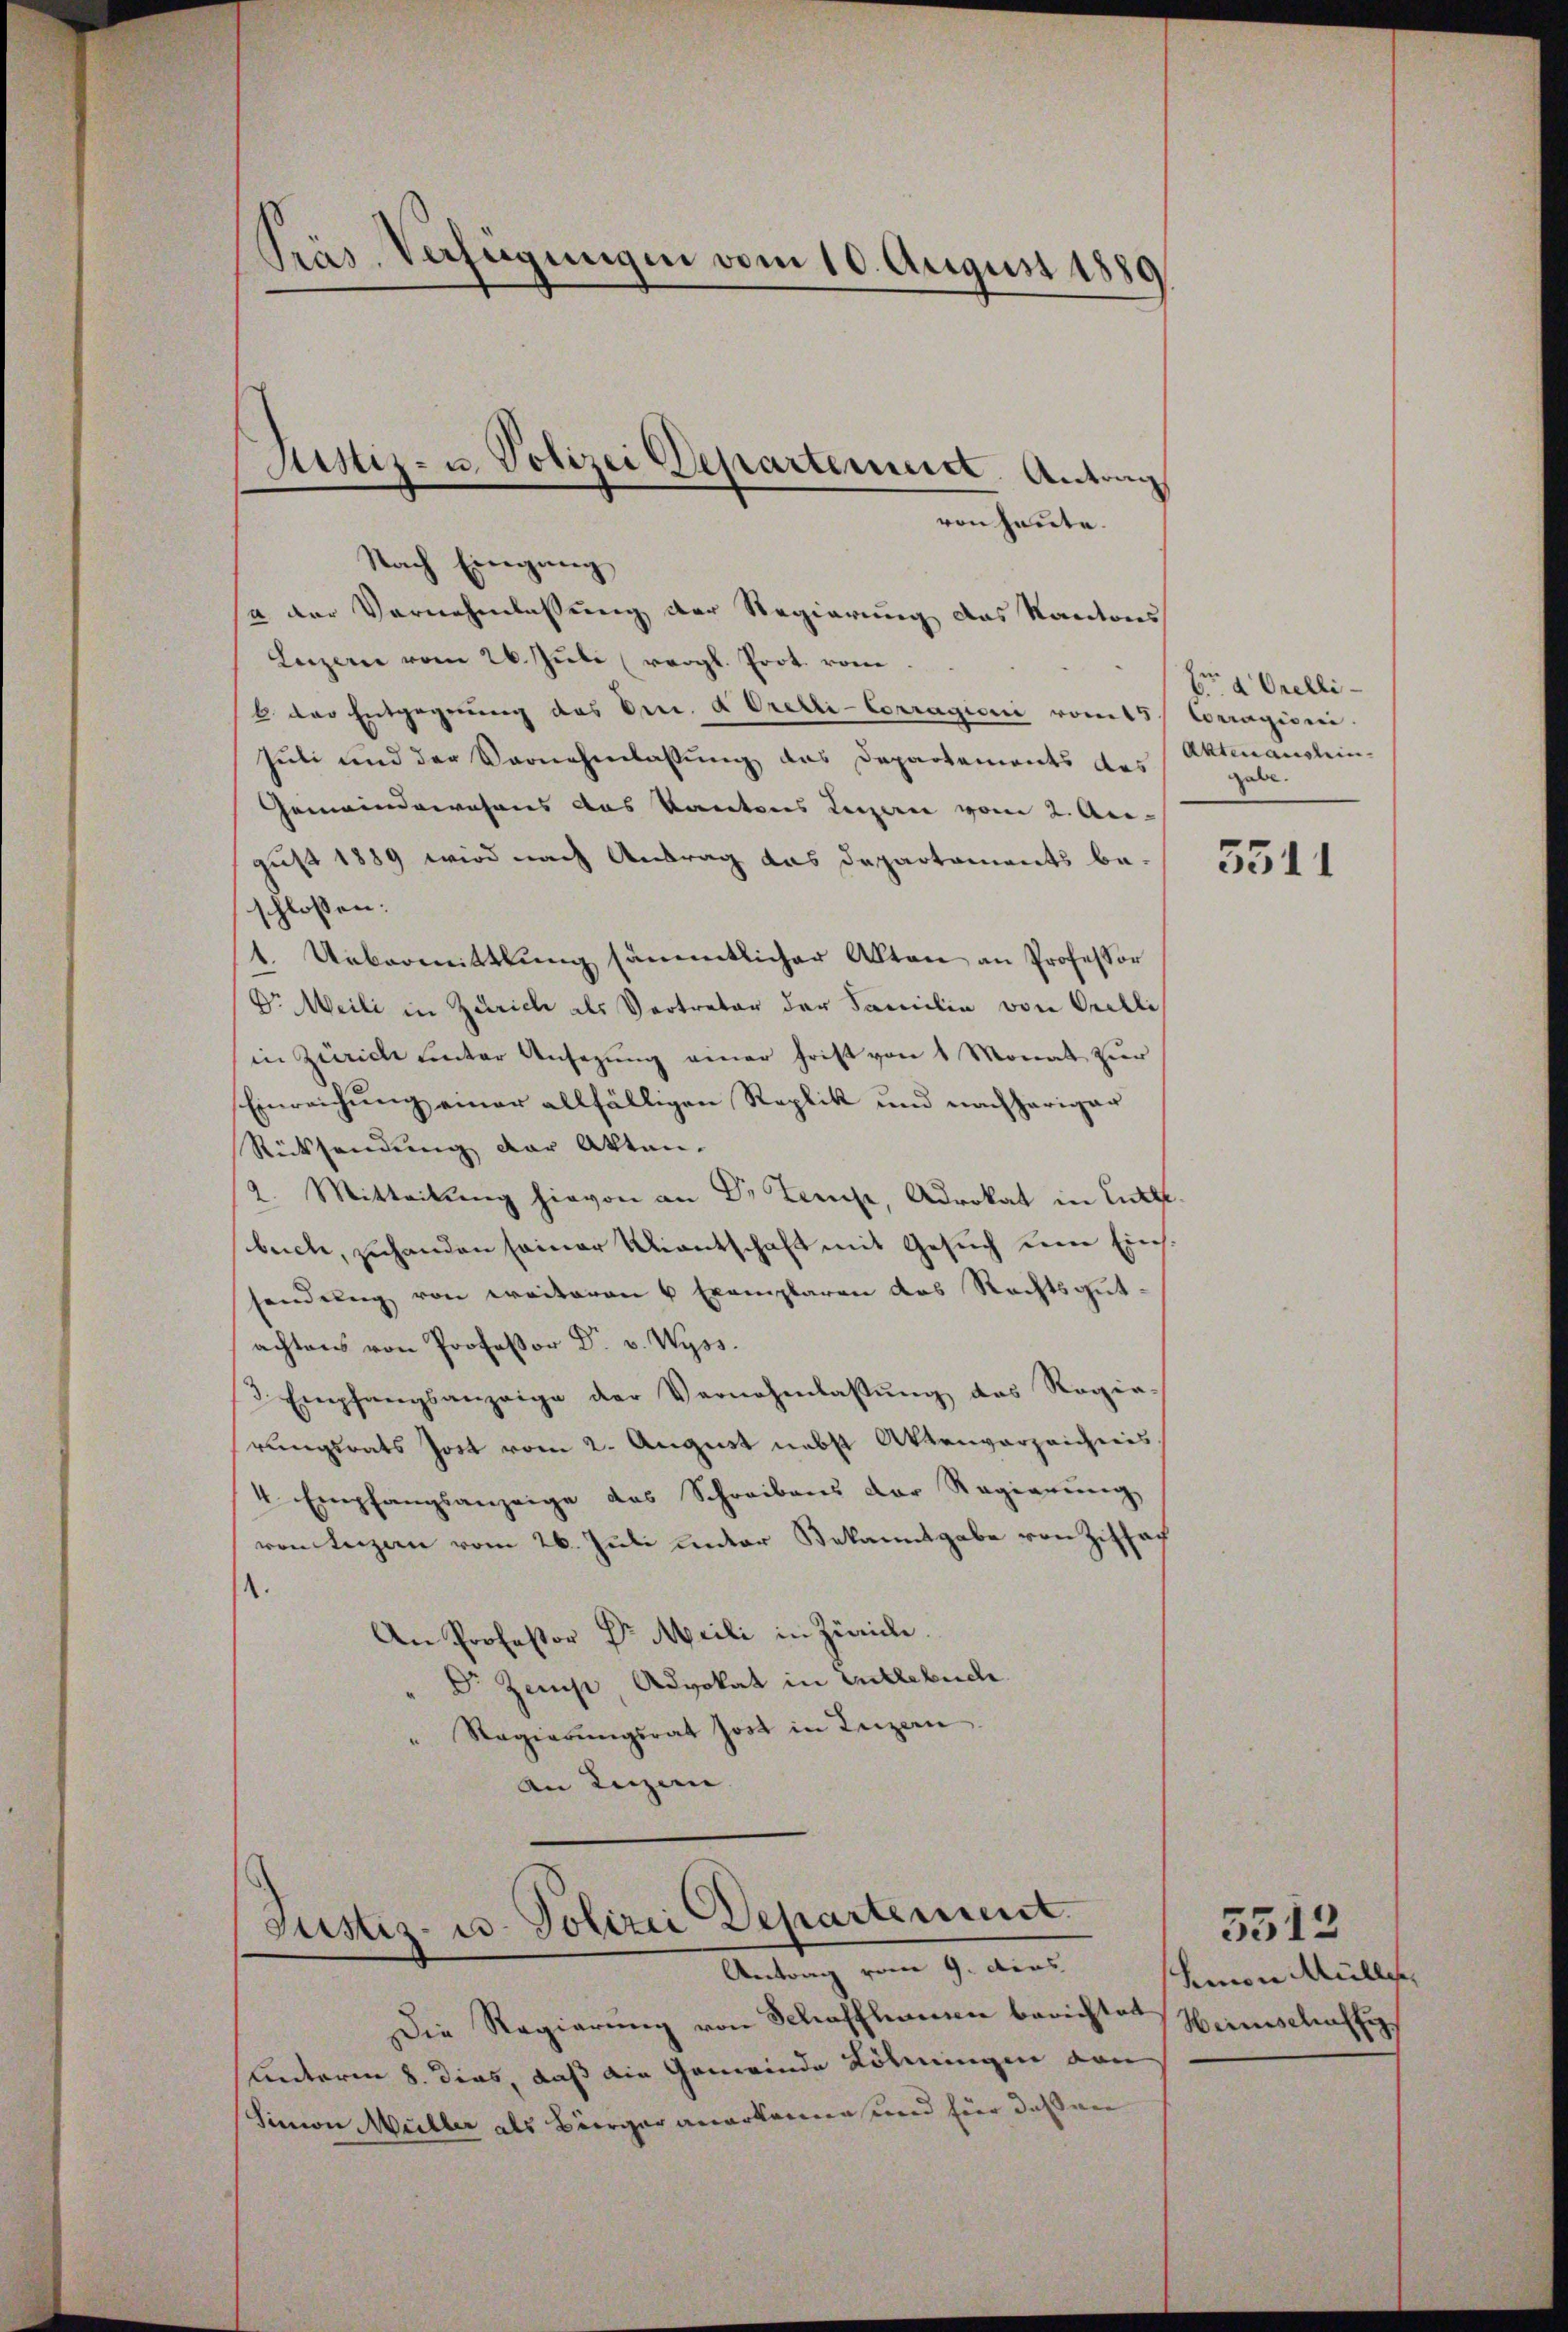
Präs. Verfügungen vom 10. August 1889

Nach Eingang
a der Vernehmlassung der Regierung das Kantonss
Luzern vom 26. Jŭli (vergl. Prot. vom
2 der Entgegnung des Dec. a Oretti-Corragioni vom 15 Corragioni
Juli und der Vornehmlassung das Departements des
Gemeindewahres das Kantons Legern vom 2. Au-
gust 1889 wird nach Antrag das Departaments be-
schlossen:
1. Uebermittlung sämmtlicher Akten an Professor
Dr. Meili in Zürich als Vertreter der Familie von Orelli
in Zürich unter Ansezung einer Frist von 1 Monat zur
Einreichung einer allfälligen Replik und nachheriger
Rücksendung der Akten.
2. Mitteilung hievon an Dr Tempe, Advokat in Litt.
buch, zuhanden seiner Uiantschaft mit Gesuch um Einssendung von weiteren 6 Exemplaren des Rechtsgutachtens von Professor Dr. v. Wyss.
3. Empfangsanzeige der Vernehmlassŭng des Rogia-
rungsrats Jost vom 2. August nebst Aktenverzeichnis.
4. Empfangsanzeige des Schreibens der Regierung
ren Luzern vom 26. Juli unter Bekanntgabe von Ziffer
.
An Professor Dr. Meili in Zürich.
Dr Zemp, Advokat in Entlebuch.
" Ragierŭngsrat Jost in Luzern
an Luzen. |

Justiz- u. Polizei Departenirt. Antrag

von heute.

Justiz- u. Polizei Departement.
Antrag vom 9. dies

Die Regierung von Schaffhausen berichtet sanschaftigs
Unterm 8. dies, daß die Gemeinde Löhnungen von
Simon Müller als Bürger anerkennen und für daß wen

br a. Orelli
Aktenansteingabe.

5511

5512
Limon Mülle,